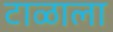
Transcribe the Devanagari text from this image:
टाळाला